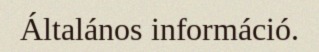
Általános információ.